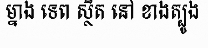
ម្នាង ទេព ស្ថិត នៅ ខាងត្បូង